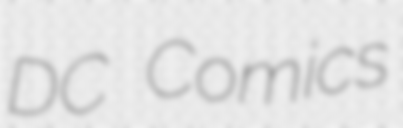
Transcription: DC Comics